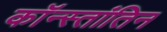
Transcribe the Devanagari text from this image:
कॉन्स्तांतिन